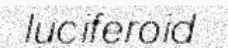
luciferoid